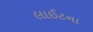
લાઈટના